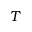
T